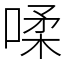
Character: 㖻